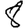
Digit: 8